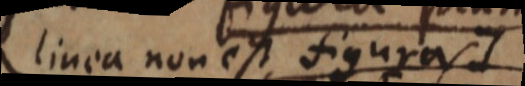
linea non est figuras]